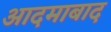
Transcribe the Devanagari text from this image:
आदमाबाद